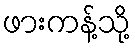
ဖားကန့်သို့